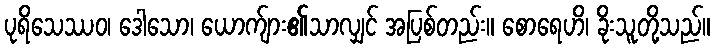
ပုရိသေဿဝ၊ ဒေါသော၊ ယောက်ျား၏သာလျှင် အပြစ်တည်း။ စောရေဟိ၊ ခိုးသူတို့သည်။